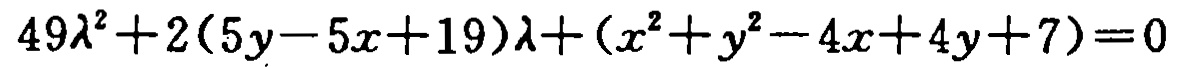
\(49\lambda^{2}+2(5y - 5x + 19)\lambda+(x^{2}+y^{2}-4x + 4y + 7)=0\)